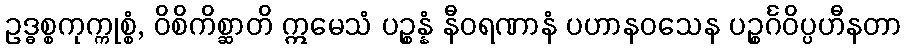
ဥဒ္ဓစ္စကုက္ကုစ္စံ, ဝိစိကိစ္ဆာတိ ဣမေသံ ပဉ္စန္နံ နီဝရဏာနံ ပဟာနဝသေန ပဉ္စင်္ဂဝိပ္ပဟီနတာ